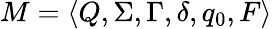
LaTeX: M=\langle Q,\Sigma,\Gamma,\delta,q_{0},F\rangle